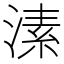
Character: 溸